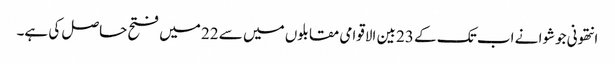
انتھونی جوشوا نے اب تک کے 23 بین الاقوامی مقابلوں میں سے 22 میں فتح حاصل کی ہے۔